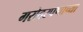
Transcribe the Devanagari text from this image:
गरोदरपणाच्या